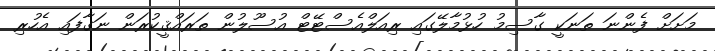
މަށަށް ފެންނަ ތަނަކީ ގާސިމު ހުޅުމާލޭގައި ރިއަލްއެސްޓޭޓް އުސޫލުން ތަރައްޤީކުރަން ނަގާފައި އެހުރި